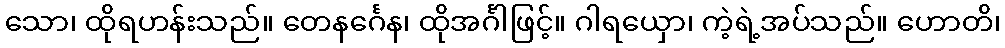
သော၊ ထိုရဟန်းသည်။ တေနင်္ဂေန၊ ထိုအင်္ဂါဖြင့်။ ဂါရယှော၊ ကဲ့ရဲ့အပ်သည်။ ဟောတိ၊